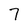
Character: 7